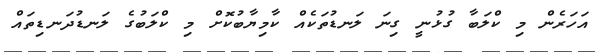
އަހަރެން މި ކްލަބާ ގުޅުނީ ގިނަ ލަނޑުތަކެއް ކާމިޔާބުކޮށް މި ކްލަބުގެ ލަނޑުދަނޑިތައް